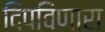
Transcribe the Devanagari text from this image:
दिपविणारा